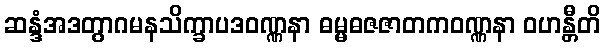
ဆန္ဒံအဒတွာဂမနသိက္ခာပဒဝဏ္ဏနာ ဓမ္မဓဇဇာတကဝဏ္ဏနာ ဝဟန္တီတိ